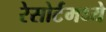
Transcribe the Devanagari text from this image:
रेसोर्टमध्ये